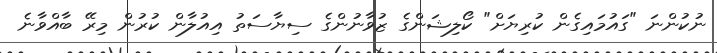
ނުކުންނަ "ގައުމައިގެން ކުރިޔަށް" ކޯލިޝަންގެ ޒުވާނުންގެ ސިޔާސަތު އިއުލާން ކުރުން މިރޭ ބާއްވާނެ